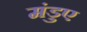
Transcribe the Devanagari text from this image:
मंडुए